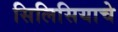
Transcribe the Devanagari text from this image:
सिलिसियाचे